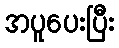
အပူပေးပြီး